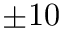
\pm 1 0